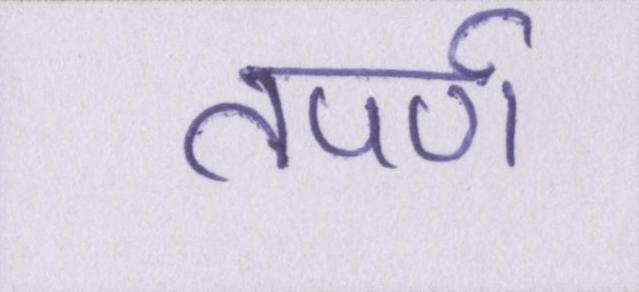
तपर्ण